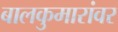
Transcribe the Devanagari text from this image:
बालकुमारांवर